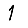
Digit: 1